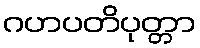
ဂဟပတိပုတ္တာ